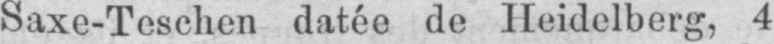
Saxe-Teschen datée de Heidelberg, 4